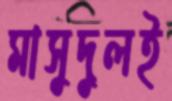
মাসুদুলই